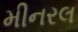
મીનરલ